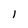
Character: 1